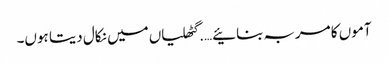
آموں کا مربہ بنائیے….گٹھلیاں میں نکال دیتا ہوں۔